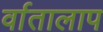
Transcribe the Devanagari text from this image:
र्वातालाप